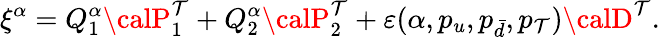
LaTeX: \xi^{\alpha}=Q_{1}^{\alpha}{\calP}_{1}^{\mathcal{T}}+Q_{2}^{\alpha}{\calP}_{2}^{\mathcal{T}}+\varepsilon(\alpha,p_{u},p_{\bar{{d}}},p_{\mathcal{T}}){\calD}^{\mathcal{T}}.